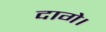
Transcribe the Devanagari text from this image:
दागे।